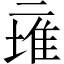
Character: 𱎕